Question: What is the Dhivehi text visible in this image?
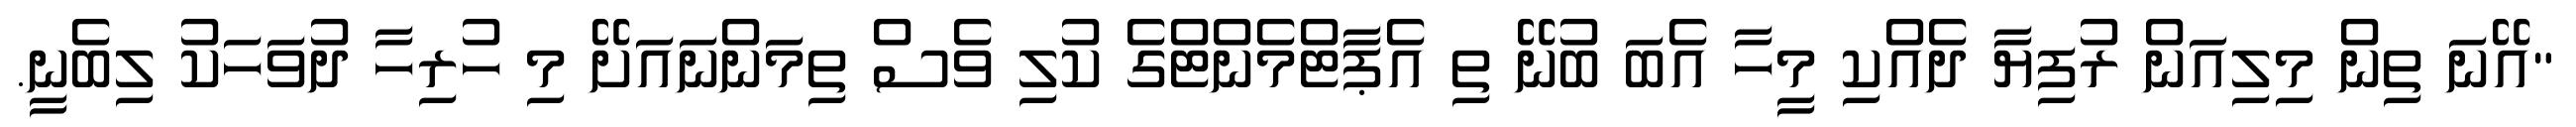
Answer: "އޭނަ ތިން މިލިއަން ރުފިޔާ ދެއްކި މީހާ އެބަ ބުނޭ ތި އެޕާޓްމެންޓްގެ ކުލި ވެސް ތިމަންނައަށޭ މި ހުރިހާ ދުވަހަކު ލިބެނީ.